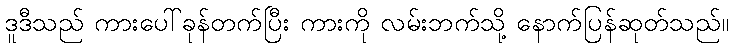
ဒူဒီသည် ကားပေါ်ခုန်တက်ပြီး ကားကို လမ်းဘက်သို့ နောက်ပြန်ဆုတ်သည်။